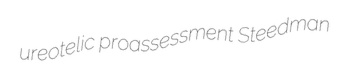
ureotelic proassessment Steedman